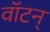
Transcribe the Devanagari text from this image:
वॉटन्